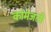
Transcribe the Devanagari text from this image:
कोमेजली